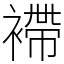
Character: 𧜵